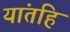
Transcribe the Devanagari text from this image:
यांतहि